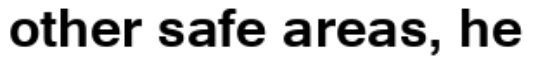
other safe areas, he